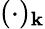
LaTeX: (\cdot)_{\mathbf{k}}